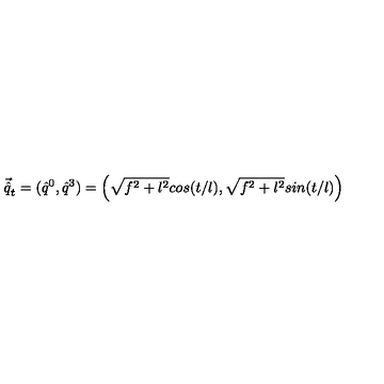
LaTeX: \vec { \hat { q } } _ { t } = ( \hat { q } ^ { 0 } , \hat { q } ^ { 3 } ) = \left( \sqrt { f ^ { 2 } + l ^ { 2 } } c o s ( t / l ) , \sqrt { f ^ { 2 } + l ^ { 2 } } s i n ( t / l ) \right)